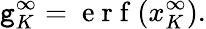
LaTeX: \mathtt{g}_{K}^{\infty}=\mathrm{{~e~r~f~}}(x_{K}^{\infty}).